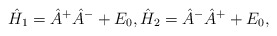
\begin{align*} \hat{H}_1 = \hat{A}^+ \hat{A}^- + E_0, \hat{H}_2 = \hat{A}^- \hat{A}^+ + E_0,\end{align*}